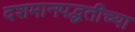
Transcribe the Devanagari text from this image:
दशमानपद्धतीच्या